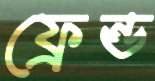
ফ্রেন্ড